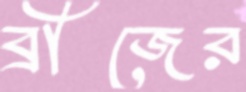
ব্রীজের